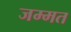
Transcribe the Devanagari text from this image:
जम्‍मत